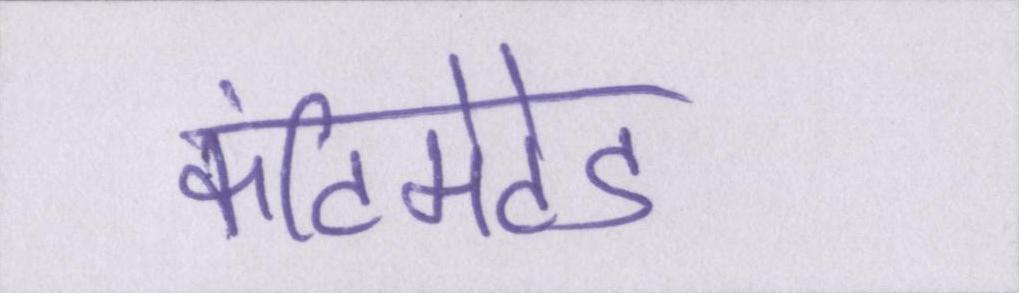
कंटिमेटेड